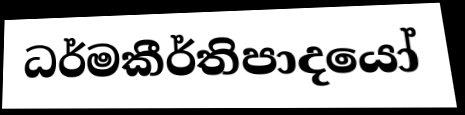
ධර්මකීර්තිපාදයෝ